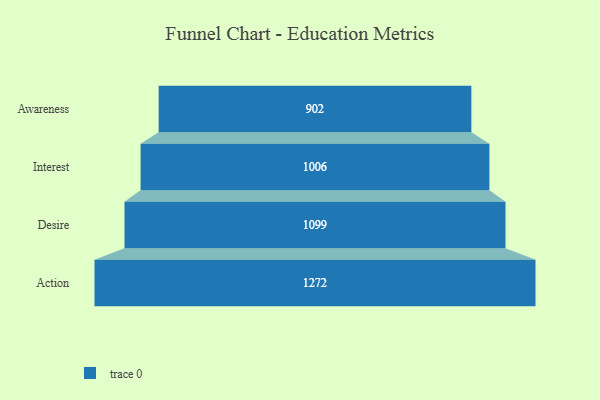
{"axis": {"x": "Stage", "y": "Value"}, "legend": [""], "data": [{"x": "Awareness", "y": 902.0, "type": ""}, {"x": "Interest", "y": 1006.0, "type": ""}, {"x": "Desire", "y": 1099.0, "type": ""}, {"x": "Action", "y": 1272.0, "type": ""}]}